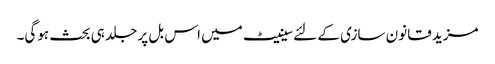
مزید قانون سازی کے لئےسینیٹ میں اس بل پر جلد ہی بحث ہوگی۔